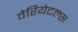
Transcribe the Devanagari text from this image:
वेरियेटल्स